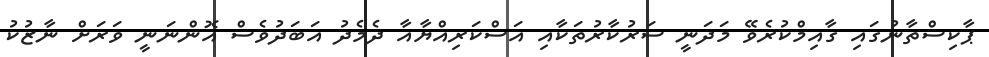
ޕާކިސްތާނުގައި ގާއިމްކުރެވޭ މަދަނީ ސަރުކާރުތަކާއި އަސްކަރިއްޔާއާ ދެމެދު އަބަދުވެސް އޮންނަނީ ވަރަށް ނާޒުކު